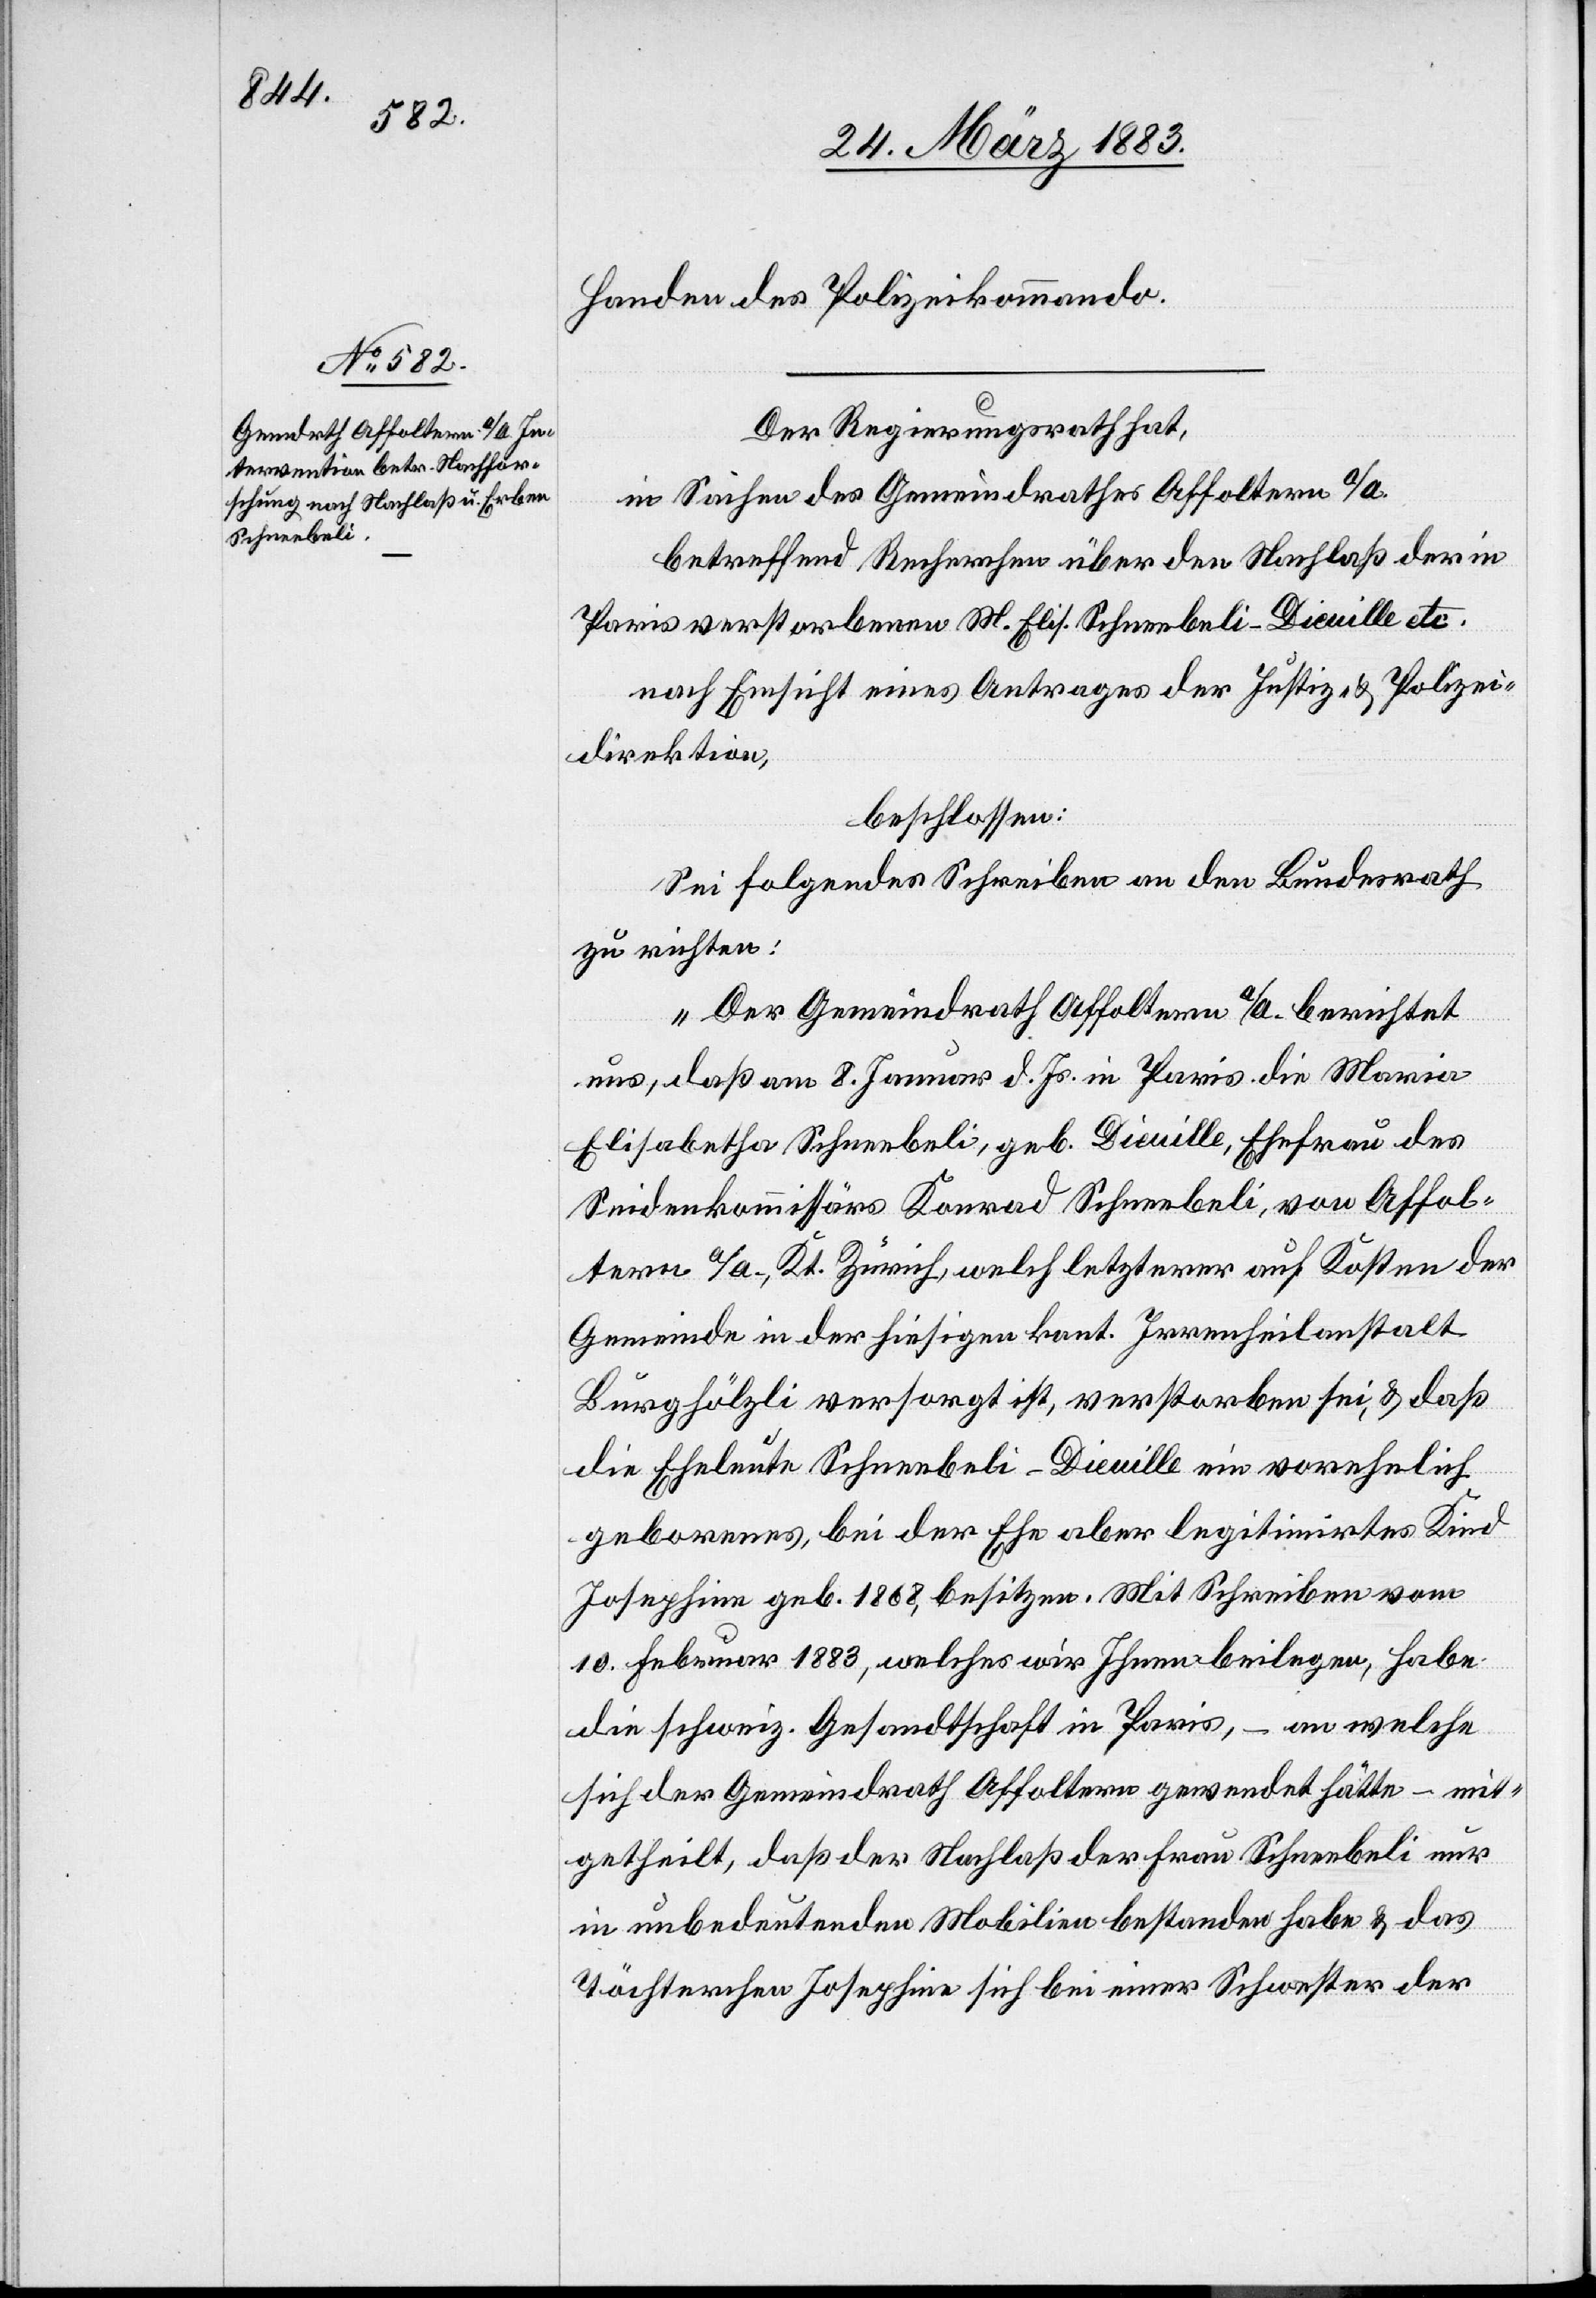
Handen des Polizeikommando.
Der Regierungsrath hat,
in Sachen des Gemeindrathes Affoltern a/A.
betreffend Recherchen über den Nachlaß der in
Paris verstorbenen M. Elis. Schneebeli-Dieuille etc.
nach Einsicht eines Antrages der Justiz- & Polizei¬
direktion,
beschlossen:
Sei folgendes Schreiben an den Bundesrath
zu richten:
„Der Gemeindrath Affoltern a/A. berichtet
uns, daß am 8. Januar d. Js. in Paris die Maria
Elisabetha Schneebeli, geb. Dieuille, Ehefrau des
Seidenkommissärs Konrad Schneebeli, von Affol¬
tern a/A., Kt. Zürich, welch letzterer auf Kosten der
Gemeinde in der hierseitigen Irrenheilanstalt
Burghölzli versorgt ist, verstorben sei, & daß
die Eheleute Schneebeli-Dieuille ein vorehelich
geborenes, bei der Ehe aber legitimirtes Kind
Josephine, geb. 1868, besitzen. Mit Schreiben vom
10. Februar 1883, welches wir Ihnen beilegen, habe
die schweiz. Gesandtschaft in Paris, – an welche
sich der Gemeindrath Affoltern gewendet hätte – mit¬
getheilt, daß der Nachlaß der Frau Schneebeli nur
in unbedeutenden Mobilien bestanden habe & das
Töchterchen Josephine sich bei einer Schwester der